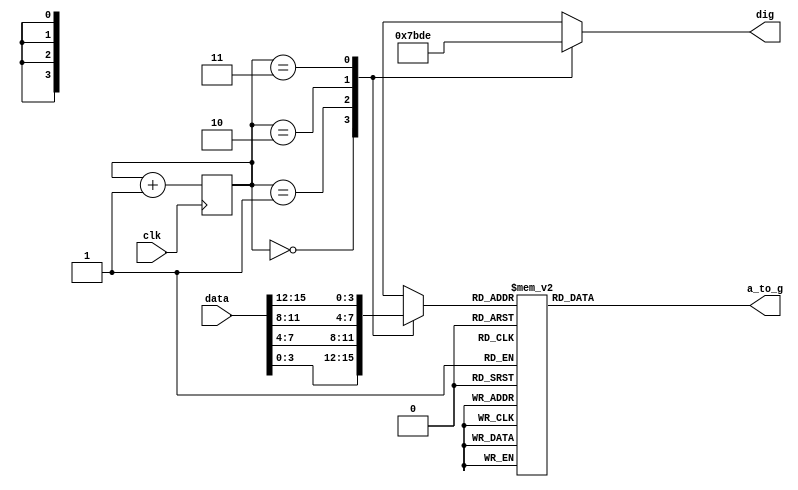
`timescale 1ns / 1ps
//////////////////////////////////////////////////////////////////////////////////
// Company: 
// Engineer: 
// 
// Design Name: 
// Module Name: Hex7seg
// Project Name: 
// Target Devices: 
// Tool Versions: 
// Description: 
// 
// Dependencies: 
// 
// Revision:
// Revision 0.01 - File Created
// Additional Comments:
// 
//////////////////////////////////////////////////////////////////////////////////


module Hex7seg(
    input wire [15:0] data,
    input clk,
    output reg [6:0] a_to_g,
    output reg [3:0] dig
);
    reg [1:0] sel;
    reg [3:0] num;

    initial
        sel = 0;
    always @ (posedge clk )
    begin 
        sel = sel+1;
    end
    always @ (sel)
    begin
        case(sel)
        0: num = data[3:0];
        1: num = data[7:4];
        2: num = data[11:8];
        3: num = data[15:12];
        default: num = data[3:0];
        endcase
    end
    always @ (sel)
    begin
    case(sel)
        0: dig = 4'b0111;
        1: dig = 4'b1011;
        2: dig = 4'b1101;
        3: dig = 4'b1110;
    endcase
    end
    always @ (num)
    begin
        case(num)
        0: a_to_g = 7'b0000001;
        1: a_to_g = 7'b1001111;
        2: a_to_g = 7'b0010010;
        3: a_to_g = 7'b0000110;
        4: a_to_g = 7'b1001100;
        5: a_to_g = 7'b0100100;
        6: a_to_g = 7'b0100000;
        7: a_to_g = 7'b0001111;
        8: a_to_g = 7'b0000000;
        9: a_to_g = 7'b0000100;  
        10:a_to_g = 7'b0001000;   
        11:a_to_g = 7'b1100000;  
        12:a_to_g = 7'b0110001;  
        13:a_to_g = 7'b1000010;  
        14:a_to_g = 7'b0110000;  
        15:a_to_g = 7'b0111000;  
        default: a_to_g = 7'b1111111;
        endcase
    end
endmodule